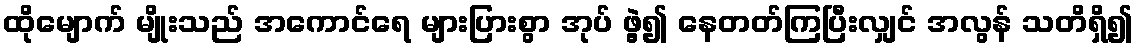
ထိုမျောက် မျိုးသည် အကောင်ရေ များပြားစွာ အုပ် ဖွဲ့၍ နေတတ်ကြပြီးလျှင် အလွန် သတိရှိ၍